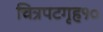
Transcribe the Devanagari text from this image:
चित्रपटगृह१०